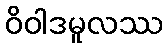
ဝိဝါဒမူလဿ